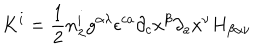
LaTeX: K ^ { i } = \frac { 1 } { 2 } n _ { \lambda } ^ { i } g ^ { \alpha \lambda } { \epsilon } ^ { c a } { \partial } _ { c } x ^ { \beta } { \partial } _ { a } x ^ { \nu } H _ { \beta \alpha \nu }